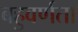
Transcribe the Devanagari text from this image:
बहुवर्णता